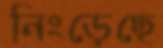
নিংড়েছে